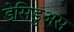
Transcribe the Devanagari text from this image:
डेसिडुअस